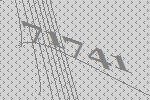
71741